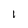
Character: 1